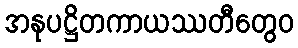
အနုပဋ္ဌိတကာယဿတီတွေဝ